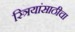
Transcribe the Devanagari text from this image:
स्त्रियांसाठीचा